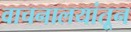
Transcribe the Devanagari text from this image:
वाचनालयांतून